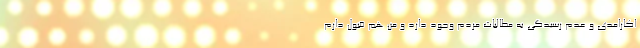
اکارامدی و عدم رسیدگی به مطالبات مردم وجود دارد و من هم قبول دارم